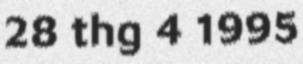
28 thg 4 1995